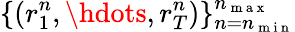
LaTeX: \{ (r_{1}^{n},\hdots,r_{T}^{n})\} _{n=n_{\mathrm{~m~i~n~}}}^{n_{\mathrm{~m~a~x~}}}